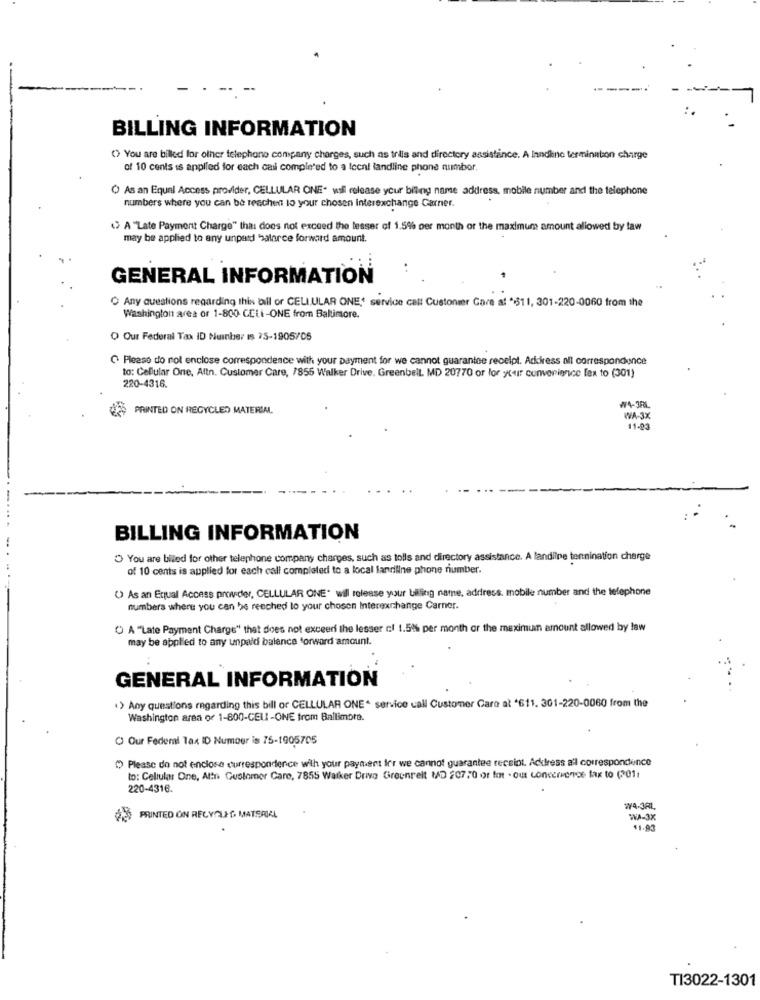
BILLING INFORMATION
() You are billed for other telephone company charges, such as tris and directory assistance. A landline termination charge
of 10 cents is applied for each cail completed to a teen! landline phone number.
( As an Equal Access provider, CELLULAR ONE- wil release your biling name address, mobile number and the telephone
numbers where you can be reachen lo your chosen Interexchange Carrier.
(> A "Late Payment Charge" thai does not exceed the lesser of 1.5% per month of the maximum amount allowed by law
may be applied to any unpaid balorce forward amount.
GENERAL INFORMATION
O Any questions regarding this bill of CELLULAR ONE' service call Customer Care al *$11, 301-220-0060 from the
Washington area or 1-800 CCLi-ONE from Baltimore.
O Our Federal Tax ID Nuinber Is 25-1905/05
C. Please do not enclose correspondence with your payment for we cannot guarantee receipt. Adkiress all correspondence
to: Cellular One, Attn. Customer Care, 7855 Walker Drive. Greenbelt. MD 20770 or for your convenience fax to (301)
220-4316.
25 PRINTED ON RECYCLED MATERIAL
W4-3R
WA-3X
11-03
BILLING INFORMATION
O You are biled for other telephone company charges, such as tolls and directory assistance. A landline tennination charge
of 10 cents is applied for each call completed to a local landline phone number.
( As an Equal Access provider, CELLULAR ONE" wil release your billing name, address. mobile number and the telephone
numbers where you can be reached to your chosen Interexchange Carner.
O A "Late Payment Charge" that does not exceeri the lesser cf 1.5%% per month or the maximum amount allowed by law
may be applied to any unpaid balance forward amount.
GENERAL INFORMATION
.> Any questions regarding this bill of CELLULAR ONE. service call Customer Care at *611. 301-220-0060 from the
Washington area of 1-800-CELL -ONE from Ballimore.
C Our Federal Tax ID Number is 75-1905705
( Please do not enclose correspondence with your payment Irr we cannot guarantee receipt. Adress a'l correspondence
to: Cellular One, Alin Customer Care, 7855 Walker Drive Greenrelt MD 20770 or fo - out concervence fax to (2011
220-4316.
W4-3AL
020PRINTED ON RECY 22G MATERIAL
WA-3X
11.93
T13022-1301